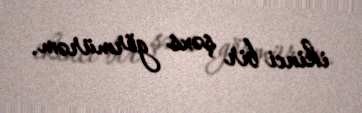
ikinci bir şəxs görmürəm.